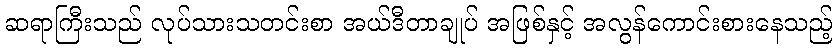
ဆရာကြီးသည် လုပ်သားသတင်းစာ အယ်ဒီတာချုပ် အဖြစ်နှင့် အလွန်ကောင်းစားနေသည့်